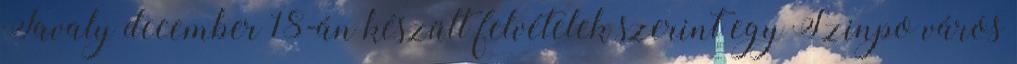
Tavaly december 18-án készült felvételek szerint egy Szinpo város